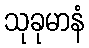
သုခုမာနံ